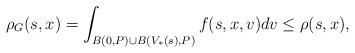
LaTeX: \begin{align*}\rho_G(s,x)=\int_{B(0,P) \cup B(V_*(s),P)} f(s,x,v)dv \leq \rho(s,x),\end{align*}